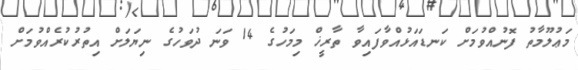
މަޢުލޫމާތު ފޮނުއްވުމަށް ކަނޑައަޅުއްވާފައިވާ ތާރީޚް މިމަހުގެ 14 ވަނަ ދުވަހުގެ ނިޔަލަށް އިތުރުކުރެއްވުމަށް